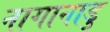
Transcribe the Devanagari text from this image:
नागानाडु